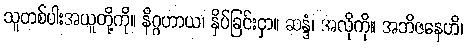
သူတစ်ပါးအယူတို့ကို။ နိဂ္ဂဟာယ၊ နှိပ်ခြင်းငှာ။ ဆန္ဒံ၊ အလိုကို။ အဘိဇနေဟိ၊